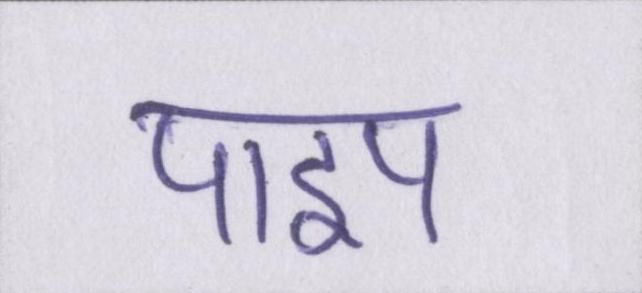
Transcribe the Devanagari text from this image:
पाइप